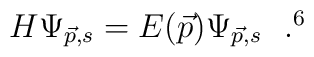
H \Psi_{\vec{p},s} = E(\vec{p}) \Psi_{\vec{p},s} ~~. \footnotemark[6]